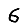
Digit: 6